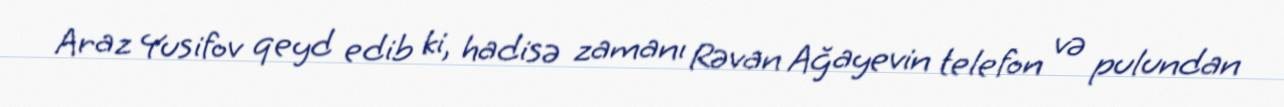
Araz Yusifov qeyd edib ki, hadisə zamanı Rəvan Ağayevin telefon və pulundan